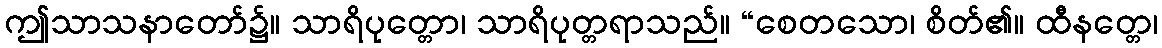
ဤသာသနာတော်၌။ သာရိပုတ္တော၊ သာရိပုတ္တရာသည်။ “စေတသော၊ စိတ်၏။ ထီနတ္တေ၊